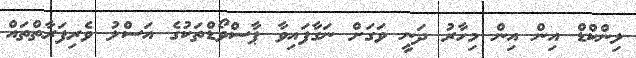
ލިންކްޑް އިން އިން މިހާރު ދަނީ ވަގަށް ނަގާފައިވާ ޕާސްވޯޑްތަކުގެ އަސްލު ވެރިފަރާތްތައް